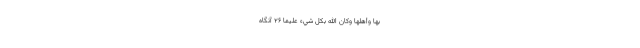
بِهَا وَأَهْلَهَا وَكَانَ اللَّهُ بِكُلِّ شَيْءٍ عَلِيمًا ۲۶ آنگاه